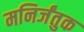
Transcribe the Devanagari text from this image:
मनिर्जंतुक